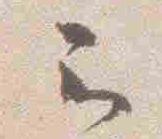
云